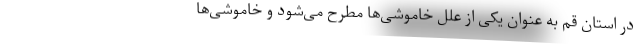
در استان قم به عنوان یکی از علل خاموشی‌ها مطرح می‌شود و خاموشی‌ها